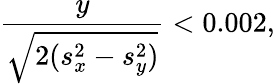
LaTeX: \frac{y}{\sqrt{2(s_{x}^{2}-s_{y}^{2})}}<0.002,